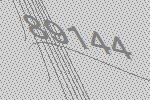
89144